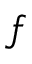
f